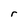
Character: r